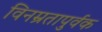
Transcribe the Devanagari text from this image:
विनम्रतापुर्वक